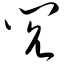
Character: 闶